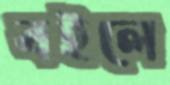
বইলে